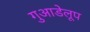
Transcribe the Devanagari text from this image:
गुआडेलूप